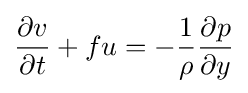
{\frac {\partial v}{\partial t}}+fu=-{\frac {1}{\rho }}{\frac {\partial p}{\partial y}}